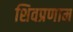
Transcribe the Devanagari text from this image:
शिवप्रणाम